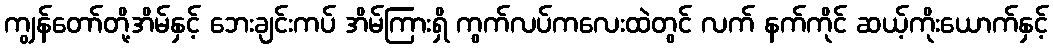
ကျွန်တော်တို့အိမ်နှင့် ဘေးချင်းကပ် အိမ်ကြားရှိ ကွက်လပ်ကလေးထဲတွင် လက် နက်ကိုင် ဆယ့်ကိုးယောက်နှင့်